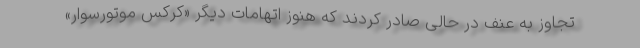
تجاوز به عنف در حالی صادر کردند که هنوز اتهامات دیگر «کرکس موتورسوار»